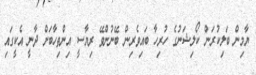
ޔާމިން ބަލިކުރަން ކޯލިޝަނުގެ ހުރިހާ ބައިވެރިން ބޭނުންވޭ ރިޔާސީ އިންތިހާބަށް ދާނީ އެކީގައި